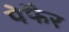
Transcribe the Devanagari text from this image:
पेफैर